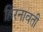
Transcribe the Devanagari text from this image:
हिरनावती